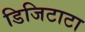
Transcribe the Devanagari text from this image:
डिजिटाटा